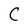
Character: C